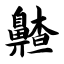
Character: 齄